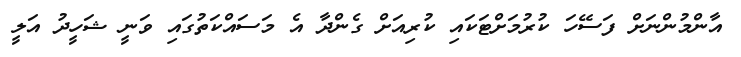
އާންމުންނަށް ފަސޭހަ ކުރުމަށްޓަކައި ކުރިއަށް ގެންދާ އެ މަސައްކަތުގައި ވަނީ ޝަހީދު އަލީ